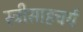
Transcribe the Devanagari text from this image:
स्त्रीसाहचर्य